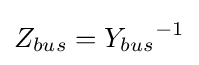
Z_{bus}={Y_{bus}}^{-1}